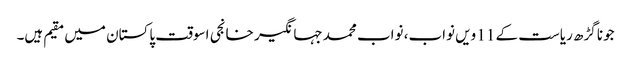
جونا گڑھ ریاست کے 11 ویں نواب، نواب محمد جہانگیر خانجی اسوقت پاکستان میں مقیم ہیں۔